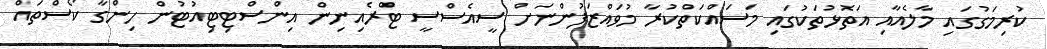
ކުރިމަގުގައި މާލެއާއި އަތޮޅުތަކުގައި މަސައްކަތްކުރާ މުވައްޒަފުންނަށް ސީއެސްސީ ޓްރެއިނިން އިންސްޓިޓިއުޓުން ހިންގާ ކޯސްތައް